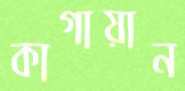
কাগায়ান